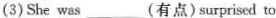
(3) She was___(有点)surprised to